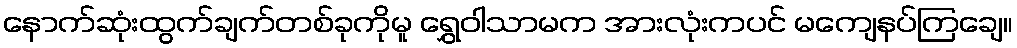
နောက်ဆုံးထွက်ချက်တစ်ခုကိုမူ ရွှေဝါသာမက အားလုံးကပင် မကျေနပ်ကြချေ။